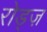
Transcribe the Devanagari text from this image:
रोड्ज़